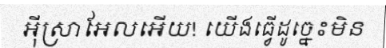
អ៊ីស្រាអែលអើយ! យើងធ្វើដូច្នេះមិន